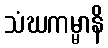
သံဃကမ္မာနိ